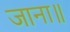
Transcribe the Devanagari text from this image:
जाना॥